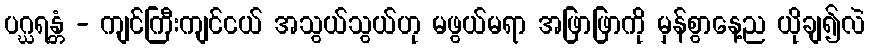
ပဂ္ဃရန္တံ - ကျင်ကြီးကျင်ငယ် အသွယ်သွယ်ဟု မဖွယ်မရာ အဖြာဖြာကို မှန်စွာနေ့ည ယိုချ၍လဲ